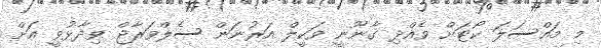
މި މައްސަލަ ކޯޓަށް ވެއްދި ގާނޫނީ ވަކީލް އަރުނަން ސެލްވަރާޖް ވިދާޅުވީ އަށް